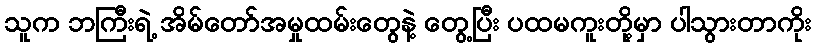
သူက ဘကြီးရဲ့ အိမ်တော်အမှုထမ်းတွေနဲ့ တွေ့ပြီး ပထမကူးတို့မှာ ပါသွားတာကိုး